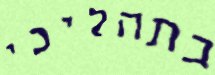
בתהליכי